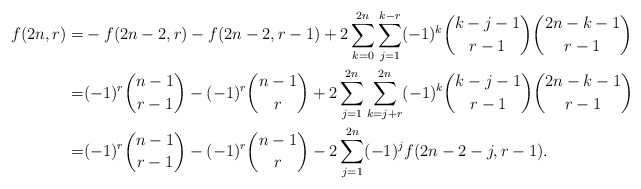
\begin{align*} f(2n,r)=& -f(2n-2,r)-f(2n-2,r-1)+2\sum_{k=0}^{2n}\sum_{j=1}^{k-r} (-1)^k \binom{k-j-1}{r-1} \binom{2n-k-1}{r-1}\\=&(-1)^r\binom{n-1}{r-1}-(-1)^r\binom{n-1}{r}+2\sum_{j=1}^{2n} \sum_{k=j+r}^{2n} (-1)^k \binom{k-j-1}{r-1} \binom{2n-k-1}{r-1}\\=&(-1)^r\binom{n-1}{r-1} -(-1)^r\binom{n-1}{r}-2\sum_{j=1}^{2n} (-1)^j f(2n-2-j,r-1).\end{align*}